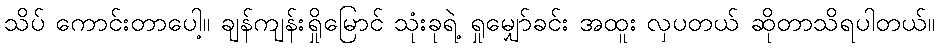
သိပ် ကောင်းတာပေါ့။ ချန်ကျန်းရှိုမြောင် သုံးခုရဲ့ ရှုမျှော်ခင်း အထူး လှပတယ် ဆိုတာသိရပါတယ်။